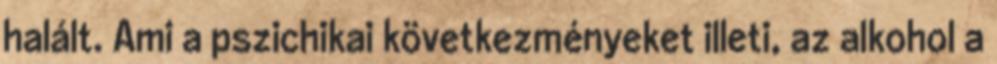
halált. Ami a pszichikai következményeket illeti, az alkohol a